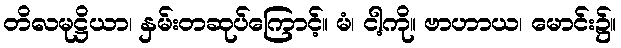
တိလမုဋ္ဌိယာ၊ နှမ်းတဆုပ်ကြောင့်။ မံ၊ ငါ့ကို။ ဗာဟာယ၊ မောင်း၌။